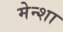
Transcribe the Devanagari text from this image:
मेन्शा